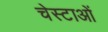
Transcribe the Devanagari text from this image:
चेस्टाओं